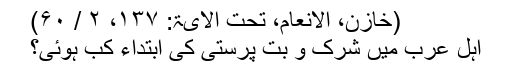
(خازن، الانعام، تحت الآیۃ: ۱۳۷، ۲ / ۶۰)
اہلِ عرب میں شرک و بت پرستی کی ابتداء کب ہوئی؟